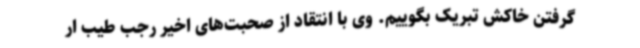
گرفتن خاکش تبریک بگوییم. وی با انتقاد از صحبت‌های اخیر رجب طیب ار